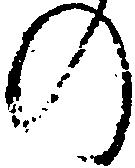
の